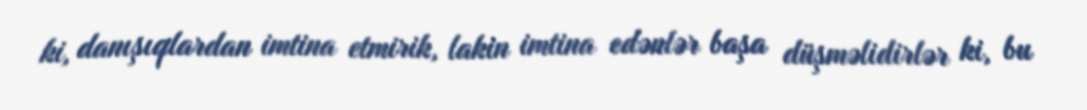
ki, danışıqlardan imtina etmirik, lakin imtina edənlər başa düşməlidirlər ki, bu